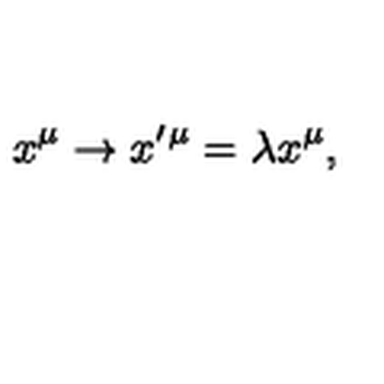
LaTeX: x ^ { \mu } \rightarrow x ^ { \prime } ^ { \mu } = \lambda x ^ { \mu } ,